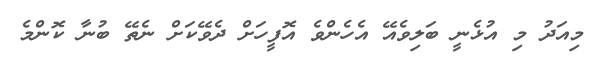
މިއަދު މި އުޅެނީ ބަލިވެއޭ އެހެންވެ އޮފީހަށް ދެވޭކަށް ނެތޭ ބުނާ ކޮންމެ